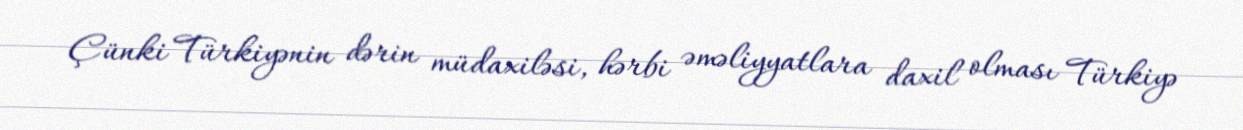
Çünki Türkiyənin dərin müdaxiləsi, hərbi əməliyyatlara daxil olması Türkiyə